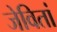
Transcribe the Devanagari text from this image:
जेवितां